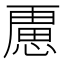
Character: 𭞐